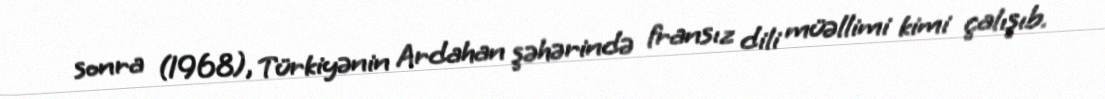
sonra (1968), Türkiyənin Ardahan şəhərində fransız dili müəllimi kimi çalışıb.